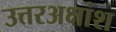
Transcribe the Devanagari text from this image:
उत्तरअक्षांश